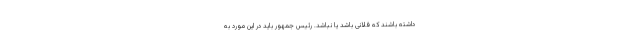
داشته باشند که فلانی باشد یا نباشد. رئیس جمهور باید در این مورد به